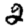
Digit: 2